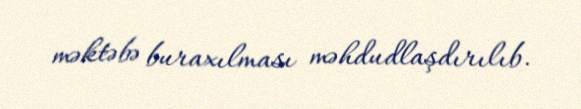
məktəbə buraxılması məhdudlaşdırılıb.